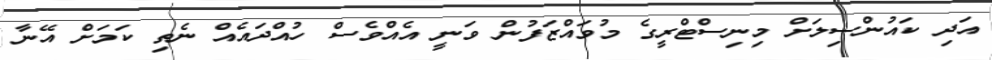
އަދި ކައުންސިލަށް މިނިސްޓްރީގެ މުވައްޒަފުން ވަނީ އެއްވެސް ހުއްދައެއް ނެތި ކަމަށް އޭނާ